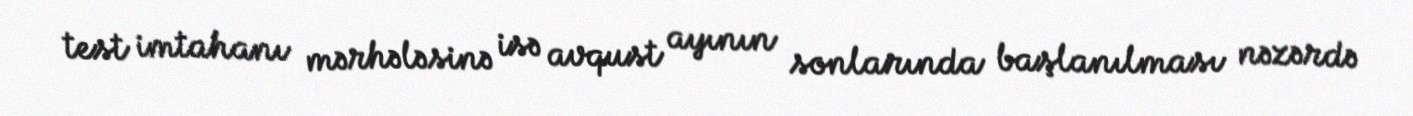
test imtahanı mərhələsinə isə avqust ayının sonlarında başlanılması nəzərdə